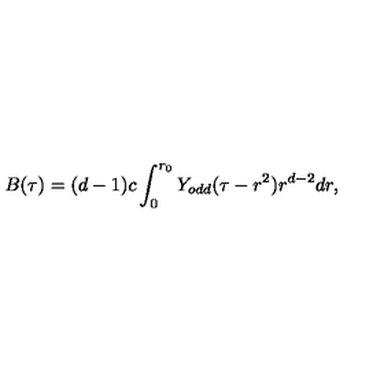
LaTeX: B ( \tau ) = ( d - 1 ) c \int _ { 0 } ^ { r _ { 0 } } Y _ { o d d } ( \tau - r ^ { 2 } ) r ^ { d - 2 } d r ,